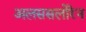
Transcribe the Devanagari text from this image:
अलससलोरेन